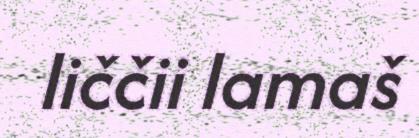
liččii lamaš